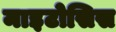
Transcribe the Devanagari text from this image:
माइटोसिस